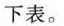
下表。